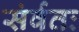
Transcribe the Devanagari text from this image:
संर्वतः